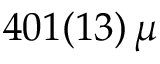
4 0 1 ( 1 3 ) \, \mu